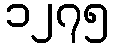
၁၂၇၅